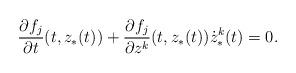
LaTeX: \begin{align*}\frac{\partial f_j}{\partial t}(t,z_*(t))+\frac{\partial f_j}{\partial z^k}(t,z_*(t))\dot z^k_*(t)=0.\end{align*}